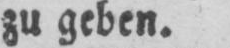
zu geben.